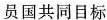
员国共同目标